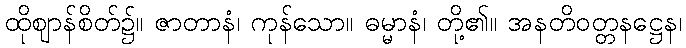
ထိုဈာန်စိတ်၌။ ဇာတာနံ၊ ကုန်သော။ ဓမ္မာနံ၊ တို့၏။ အနတိဝတ္တနဋ္ဌေန၊